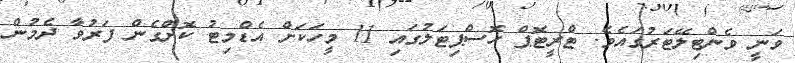
ވަނީ ވެންޓިލޭޓަރުގައެވެ. ޓްރީޓޮޕް ހޮސްޕިޓަލުގައި 11 މީހަކަށް އެޑްމިޓު ކޮށްގެން ފަރުވާ ދެމުން